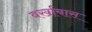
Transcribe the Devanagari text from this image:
वर्खाबास